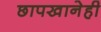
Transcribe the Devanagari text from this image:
छापखानेही